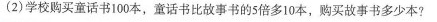
(2)学校购买童话书100本，童话书比故事书的5倍多10本，购买故事书多少本?